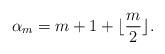
LaTeX: \begin{align*}\alpha_m=m+1+\lfloor\frac{m}{2}\rfloor.\end{align*}